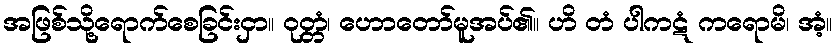
အဖြစ်သို့ရောက်စေခြင်းငှာ။ ဝုတ္တံ၊ ဟောတော်မူအပ်၏။ ဟိ တံ ပါကဋံ ကရောမိ၊ အံ့။